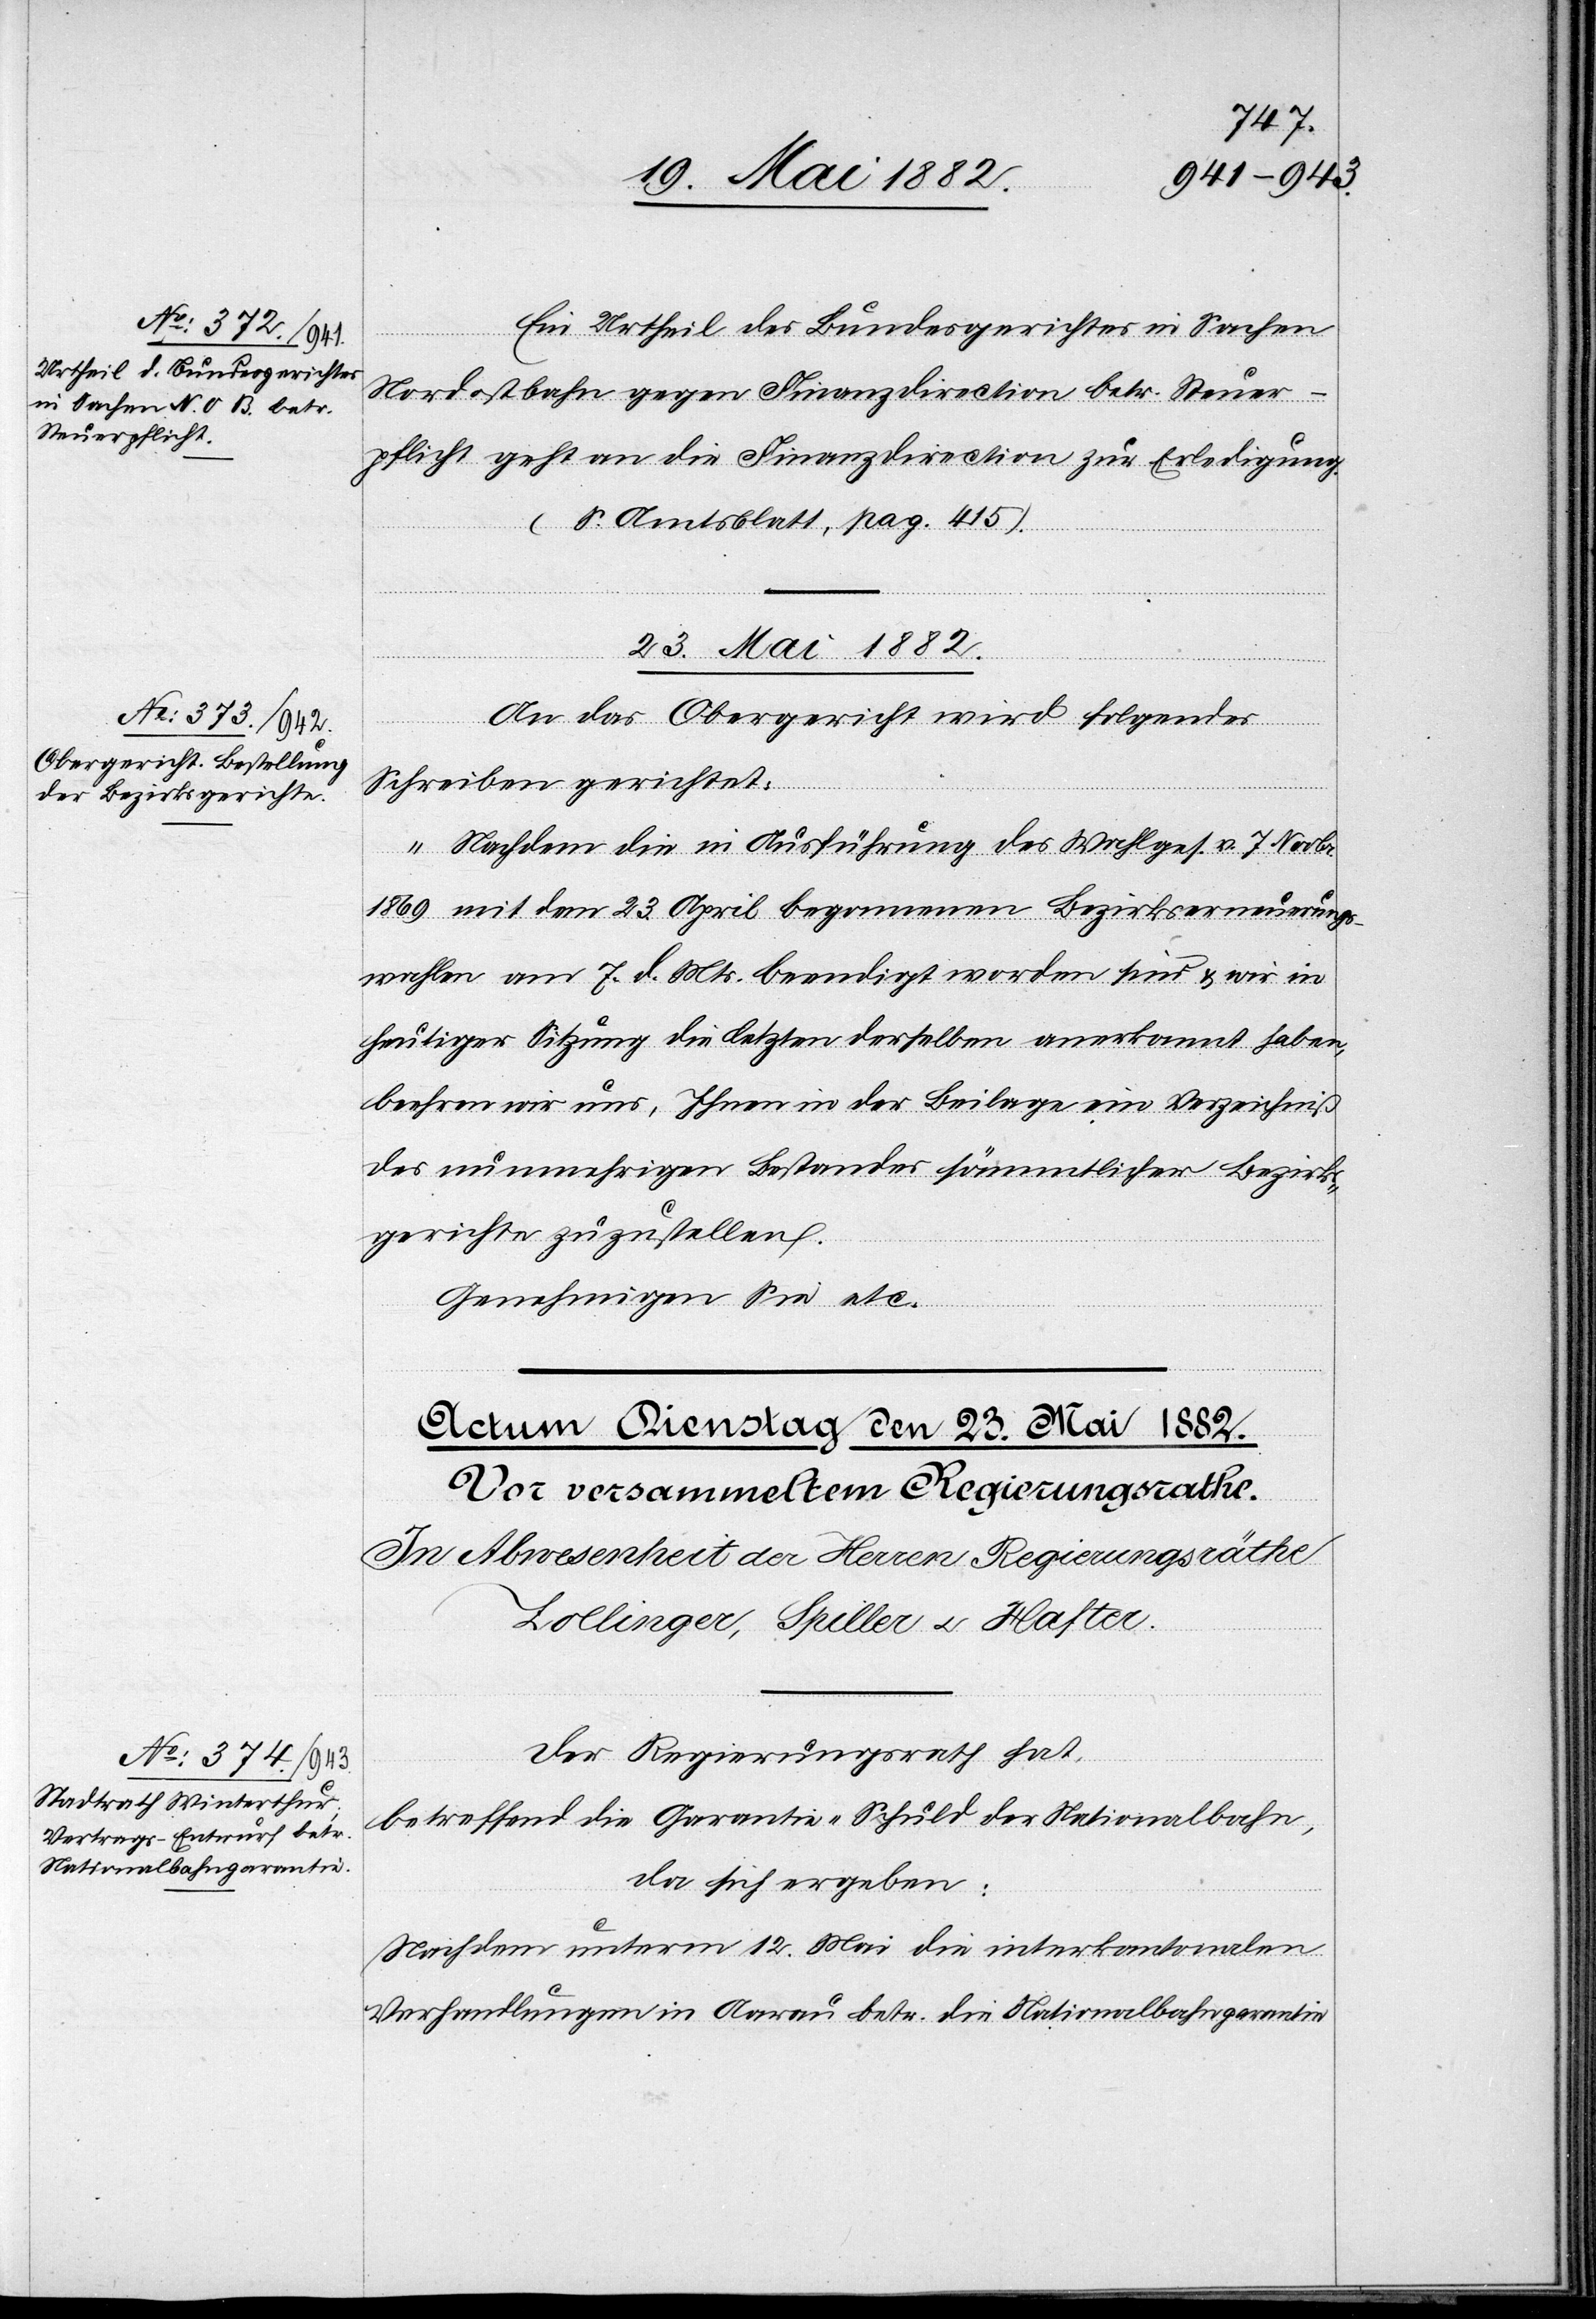
23. Mai 1882.
Ein Urtheil des Bundesgerichtes in Sachen
Nordostbahn gegen Finanzdirection betr. Steuer¬
pflicht geht an die Finanzdirection zur Erledigung.
(S. Amtsblatt, pag. 415).
An das Obergericht wird folgendes
Schreiben gerichtet:
„Nachdem die in Ausführung des Wahlges. v. 7. Novbr.
1869 mit dem 23. April begonnenen Bezirkserneuerungs¬
wahlen am 7. d. Mts. beendigt worden sind & wir in
heutiger Sitzung die letzten derselben anerkannt haben,
beehren wir uns, Ihnen in der Beilage ein Verzeichniß
des nunmehrigen Bestandes sämmtlicher Bezirks¬
gerichte zuzustellen.
Genehmigen Sie etc.“
Der Regierungsrath hat,
betreffend die Garantie-Schuld der Nationalbahn,
da sich ergeben:
Nachdem unterm 12. Mai die interkantonalen
Verhandlungen in Aarau betr. die Nationalbahngarantie